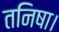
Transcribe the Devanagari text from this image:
तनिषा।